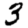
Digit: 3